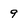
Character: 9